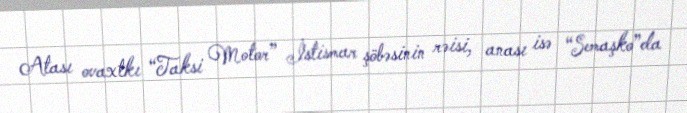
Atası ovaxtkı “Taksi Motor” İstismar şöbəsinin rəisi, anası isə “Semaşko”da